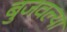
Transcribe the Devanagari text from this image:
बुजवल्या